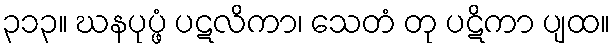
၃၁၃။ ဃနပုပ္ဖံ ပဋလိကာ၊ သေတံ တု ပဋိကာ ပျထ။